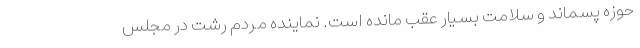
حوزه پسماند و سلامت بسیار عقب مانده است. نماینده مردم رشت در مجلس